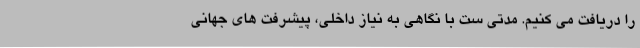
را دریافت می کنیم. مدتی ست با نگاهی به نیاز داخلی، پیشرفت های جهانی